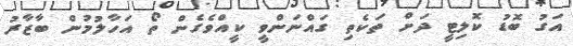
އަގު ބޮޑު ކޮލިޓީ ދަށް ތަކެތި ގައްނަންވީ ކީއްވެގެން ތޯ އަހާލުމުން ބާޒާރު